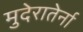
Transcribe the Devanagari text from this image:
मुदेरातेर्ना